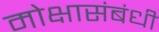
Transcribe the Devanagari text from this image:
मोक्षासंबंधी